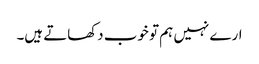
ارے نہیں ہم تو خوب دکھاتے ہیں۔